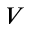
V